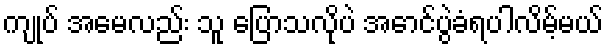
ကျုပ် အမေလည်း သူ ပြောသလိုပဲ အောင်ပွဲခံရပါလိမ့်မယ်